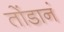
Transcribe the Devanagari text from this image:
तोंडानं